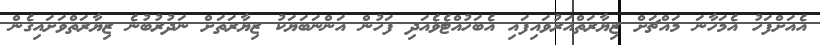
އެއަށްފަހު އެމަހާނަ މައްޗަށް ޒިޔާރަތްއަރުވައިފައި އެބަހުއްޓެވެއަދި ފަހުން އަންނަބަޔަކު ޒިޔާރަތަށް ނަދުރުބުނެ ޒިޔާރަތްވަށައިގެން